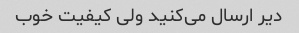
دیر ارسال می‌کنید ولی کیفیت خوب